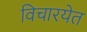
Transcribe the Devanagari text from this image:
विचारयेत